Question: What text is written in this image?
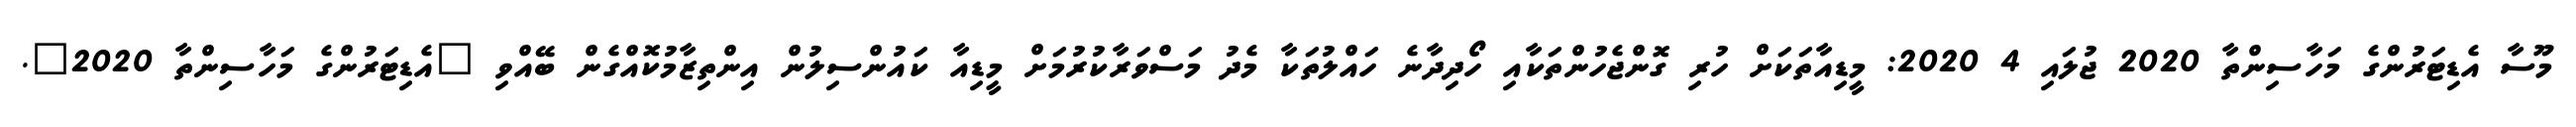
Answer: މޫސާ އެޑިޓަރުންގެ މަހާސިންތާ 2020 ޖުލައި 4 2020: މީޑިއާތަކަށް ހުރި ގޮންޖެހުންތަކާއި ހޯދިދާނެ ހައްލުތަކާ މެދު މަސްވަރާކުރުމަށް މީޑިއާ ކައުންސިލުން އިންތިޒާމުކޮއްގެން ބޭއްވި "އެޑިޓަރުންގެ މަހާސިންތާ 2020".